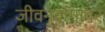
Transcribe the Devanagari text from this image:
जीवनक्रमावर